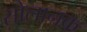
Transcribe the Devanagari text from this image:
सोलानक